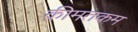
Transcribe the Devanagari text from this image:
कीमतकम